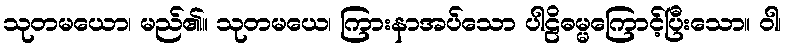
သုတမယော၊ မည်၏။ သုတမယေ၊ ကြားနာအပ်သော ပါဠိဓမ္မကြောင့်ပြီးသော။ ဝါ၊